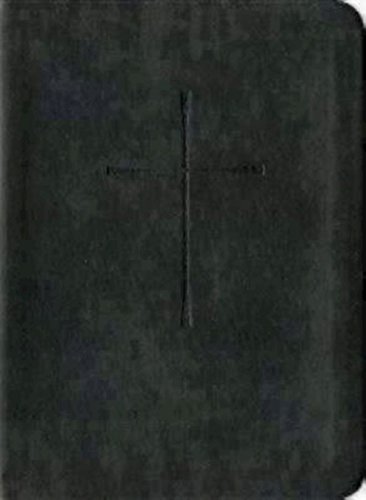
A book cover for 1979 Book of Common Prayer: Black Vivella; Church Publishing; Christian Books & Bibles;